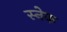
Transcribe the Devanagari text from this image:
स्‍नेक